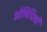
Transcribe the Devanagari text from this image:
ओषिधियों